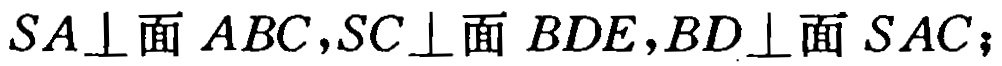
$SA\perp面\ ABC,SC\perp面\ BDE,BD\perp面\ SAC;$